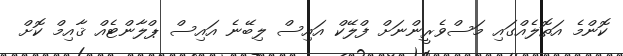
ކޮންމެ އަތޮލެއްގައި މަސްވެރީންނަށް ފްލޭކް އައިސް ލިބޭނެ އައިސް ޕްލާންޓެއް ޤާއިމް ކޮށް